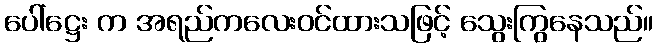
ပေါ်ဋ္ဌေး က အရည်ကလေးဝင်ထားသဖြင့် သွေးကြွနေသည်။